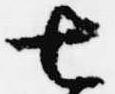
七